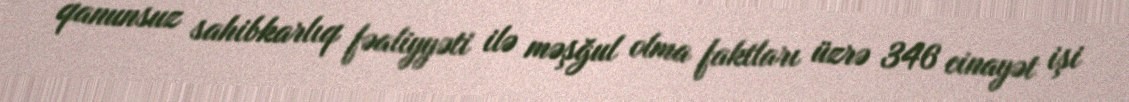
qanunsuz sahibkarlıq fəaliyyəti ilə məşğul olma faktları üzrə 346 cinayət işi